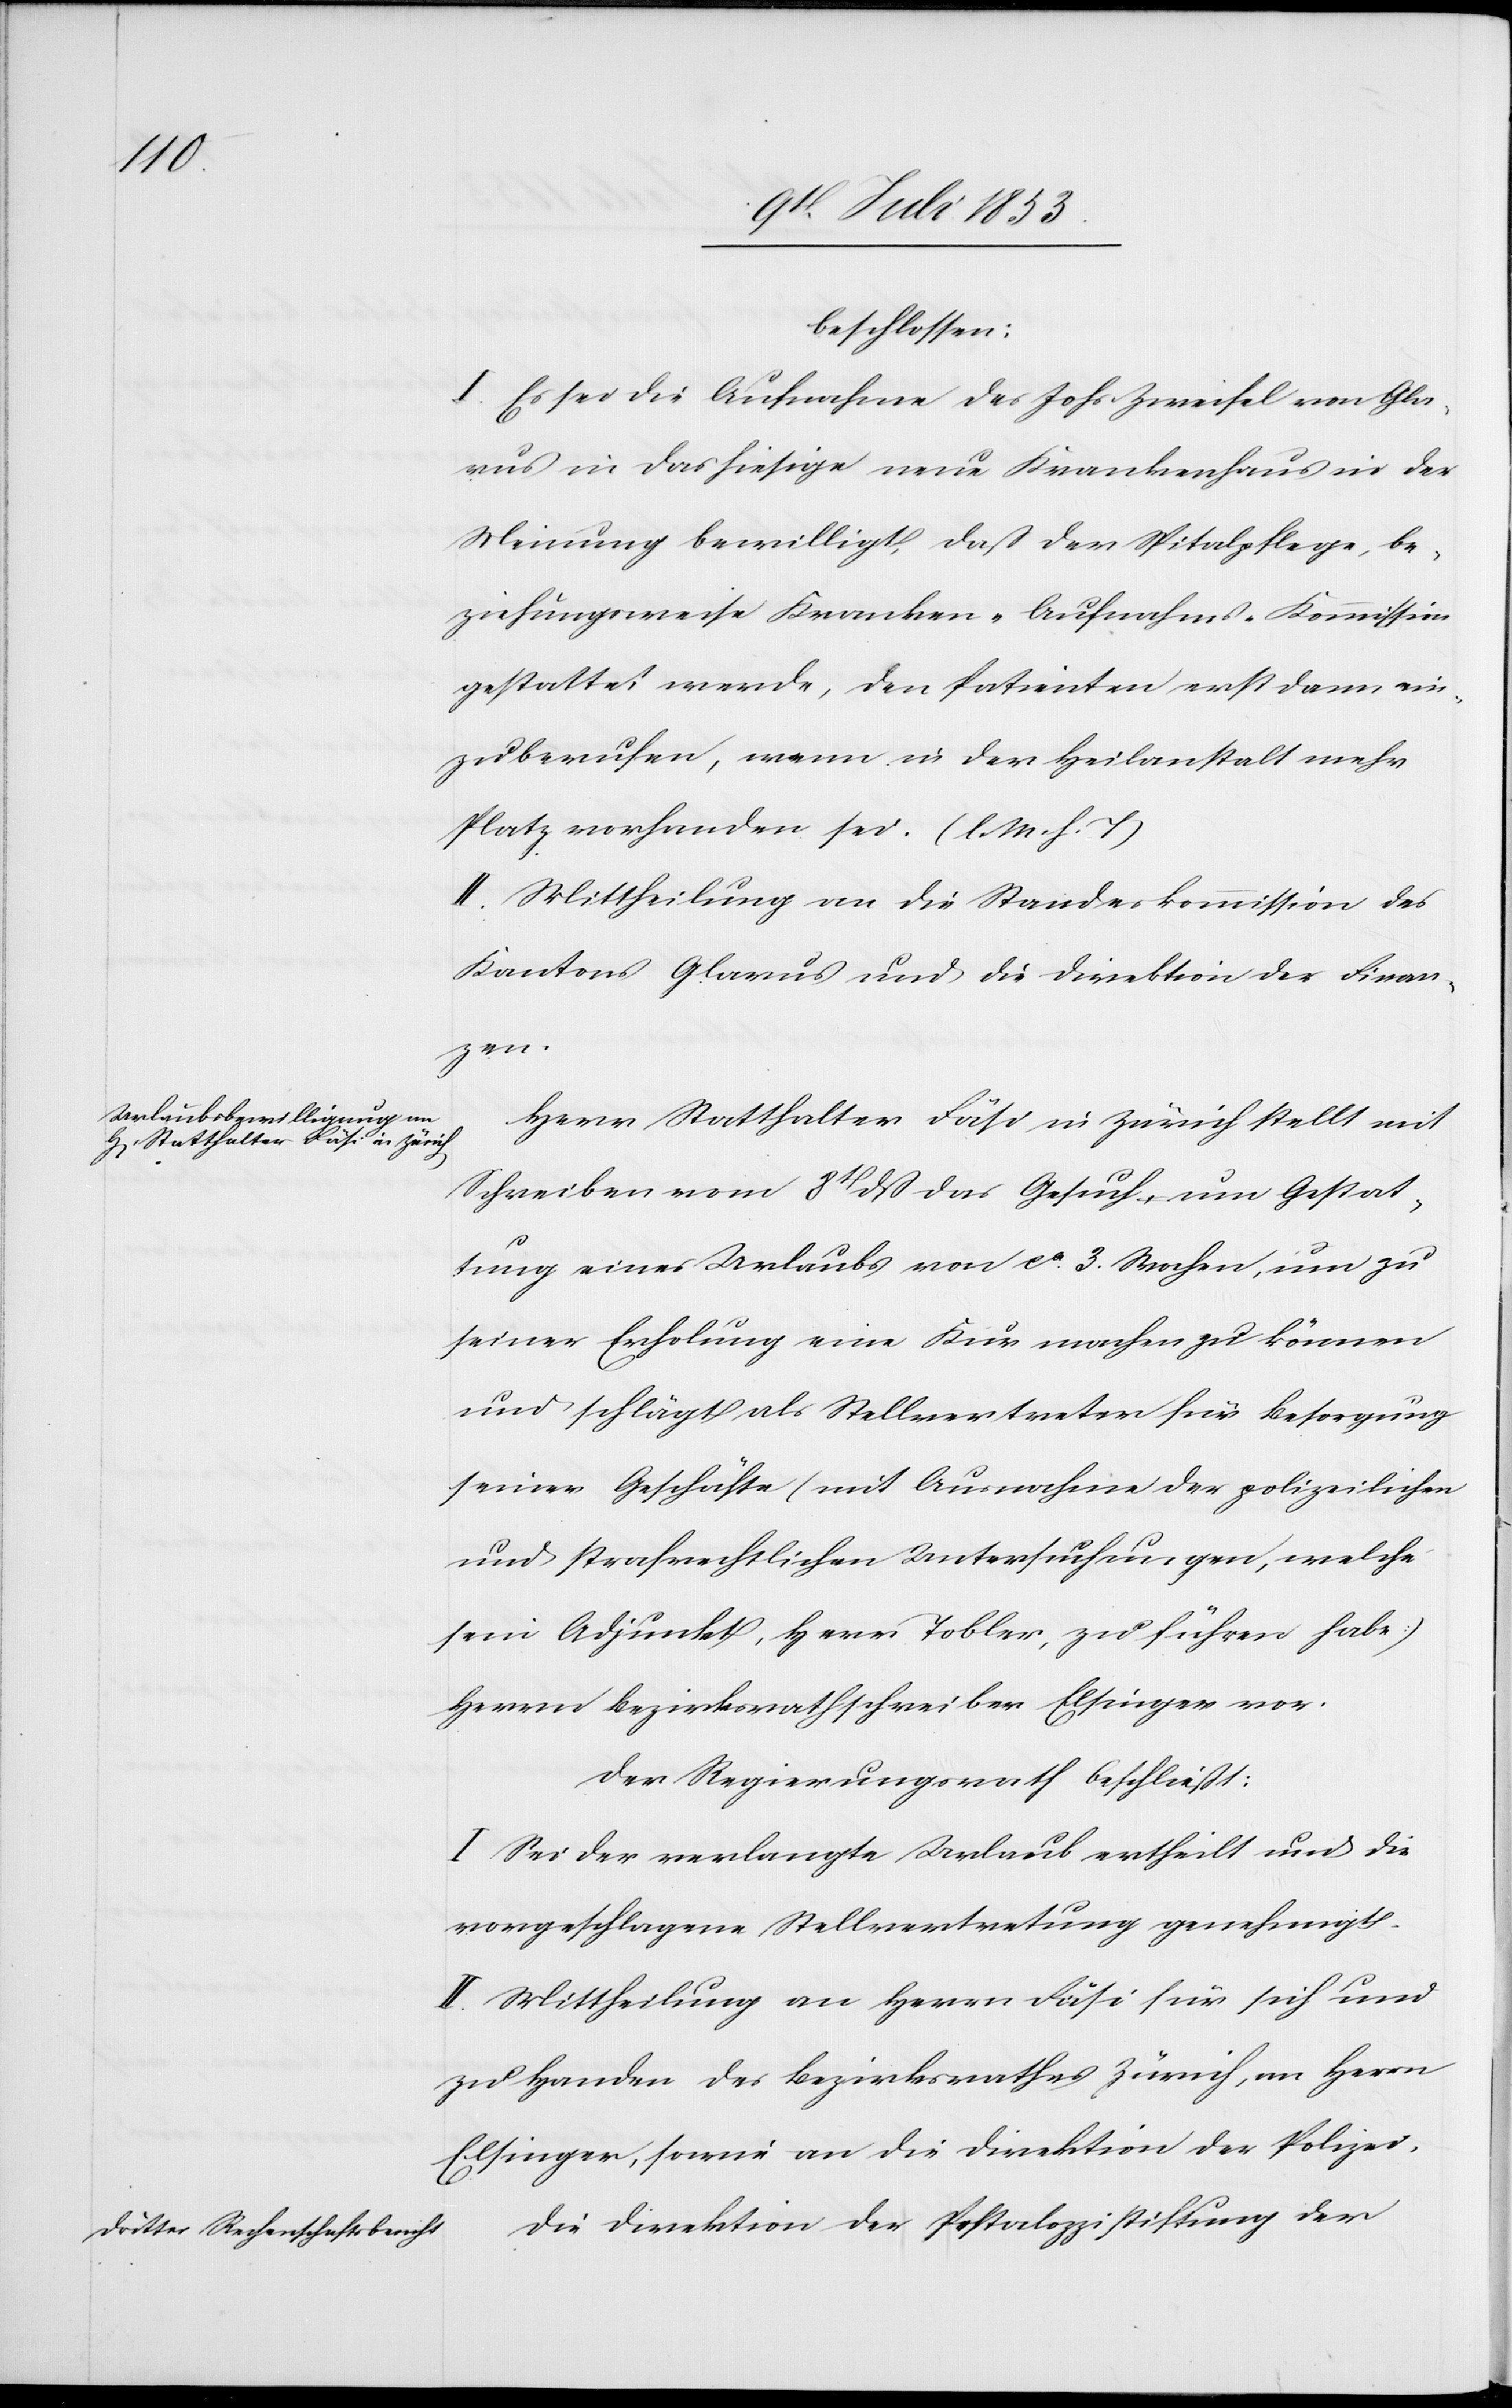
beschlossen:
I. Es sei die Aufnahme des Johs. Zweifel von Gla¬
rus in das hiesige neue Krankenhaus in der
Meinung bewilligt, daß der Spitalpflege, be¬
ziehungsweise Kranken-Aufnahms-Kommission
gestattet werde, den Patienten erst dann ein¬
zuberufen, wenn in der Heilanstalt mehr
Platz vorhanden sei. [l. M. h. T]
II. Mittheilung an die Standeskommission des
Kantons Glarus und die Direktion der Finan¬
zen.
Herr Statthalter Fäsi in Zürich stellt mit
Schreiben vom 8t dß das Gesuch um Gestat¬
tung eines Urlaubs von ca 3 Wochen, um zu
seiner Erholung eine Kur machen zu können
und schlägt als Stellvertreter für Besorgung
seiner Geschäfte (mit Ausnahme der polizeilichen
und strafrechtlichen Untersuchungen, welche
sein Adjunkt, Herr Tobler, zu führen habe):
Herrn Bezirksrathschreiber Etzinger vor.
Der Regierungsrath beschließt:
I. Sei der verlangte Urlaub ertheilt und die
vorgeschlagene Stellvertretung genehmigt.
II. Mittheilung an Herrn Fäsi für sich und
zu Handen des Bezirksrathes Zürich, an Herrn
Eßlinger, sowie an die Direktion der Polizei.
Die Direktion der Pestalozzistiftung der